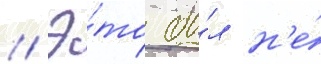
// Э́то бы́л н'е́